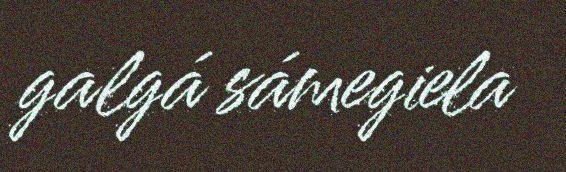
galgá sámegiela